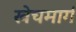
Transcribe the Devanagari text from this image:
खेचमार्ग